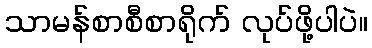
သာမန်စာစီစာရိုက် လုပ်ဖို့ပါပဲ။